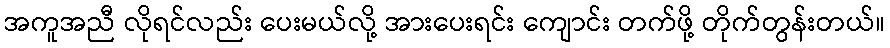
အကူအညီ လိုရင်လည်း ပေးမယ်လို့ အားပေးရင်း ကျောင်း တက်ဖို့ တိုက်တွန်းတယ်။